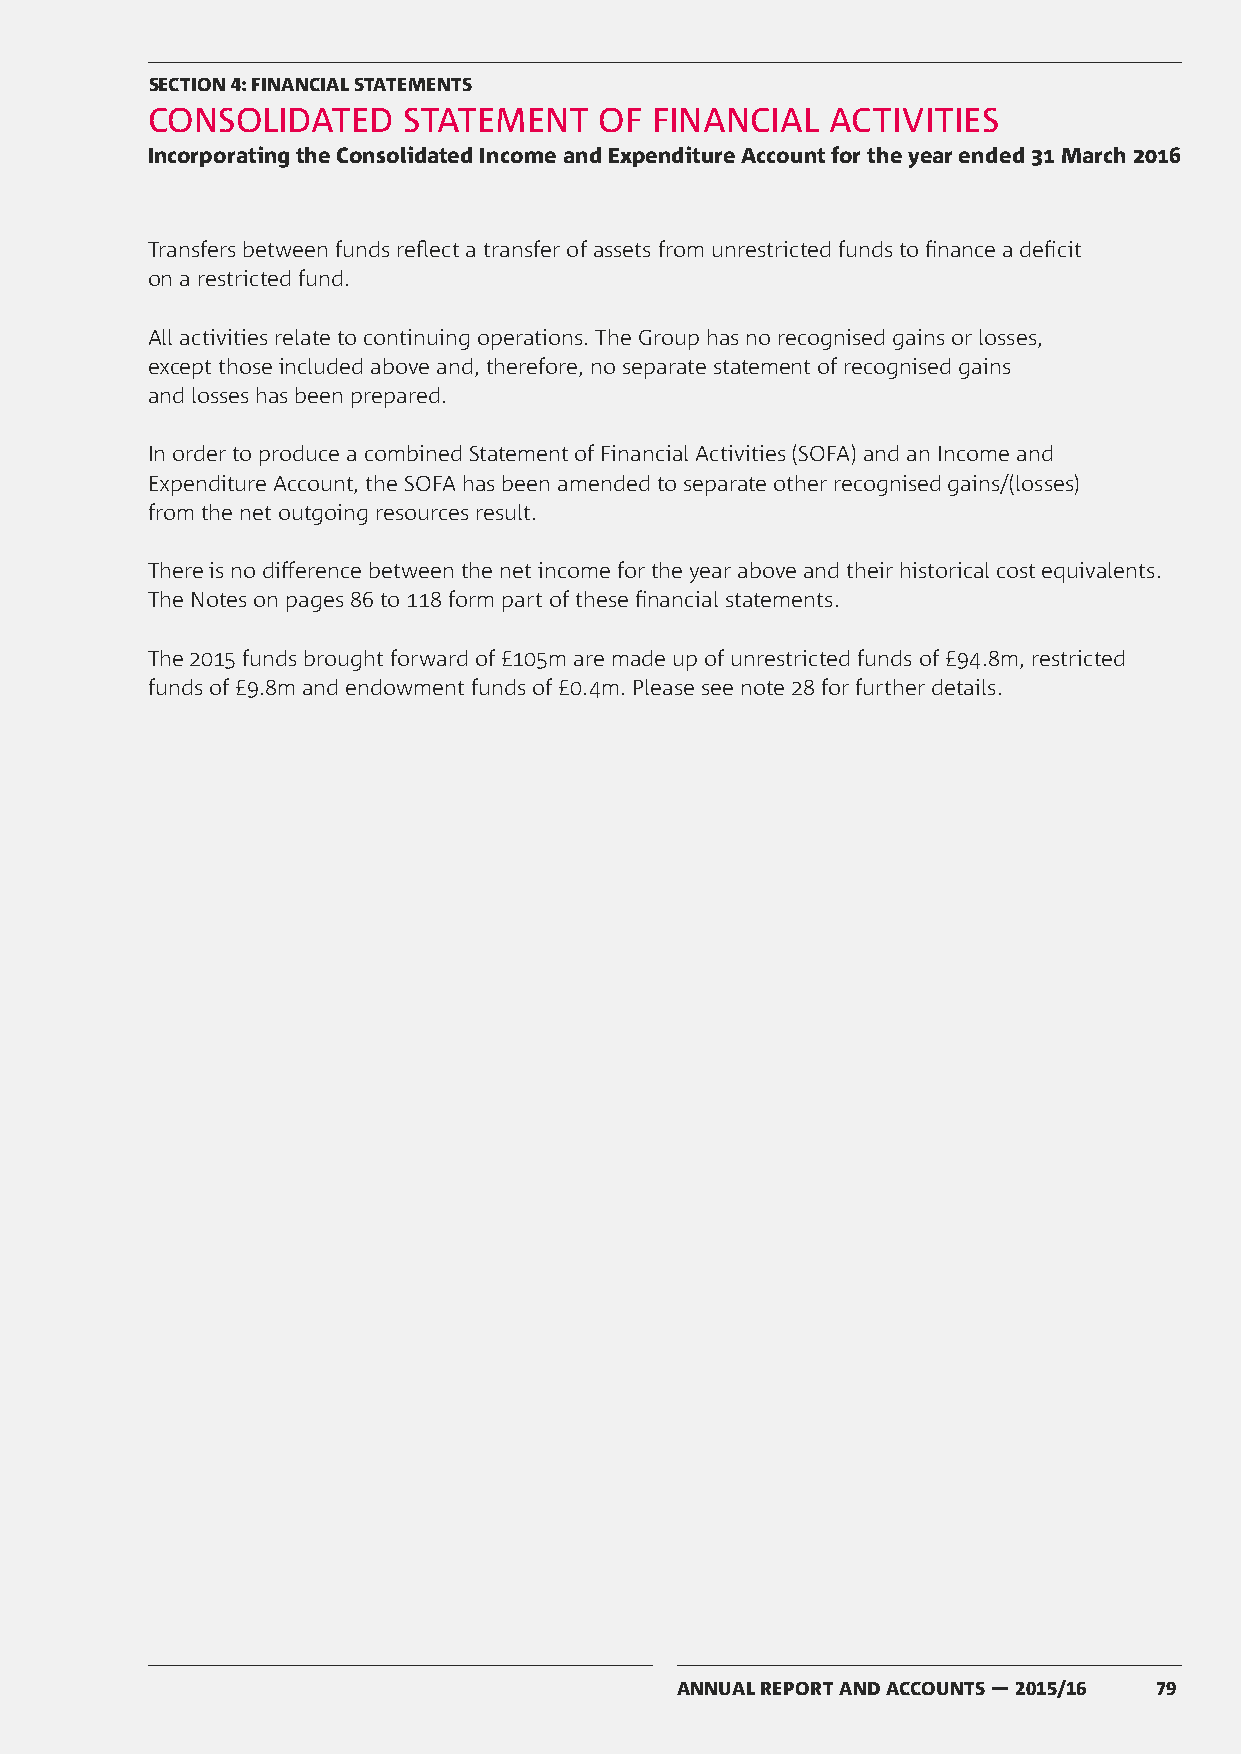
SECTION 4: FINANCIAL STATEMENTS
 CONSOLIDATED     STATEMENT    OF FINANCIAL   ACTIVITIES
 Incorporating the Consolidated Income and Expenditure Account for the year ended 31 March 2016
 Transfers between funds reflect a transfer of assets from unrestricted funds to finance a deficit
 on a restricted fund.
 All activities relate to continuing operations. The Group has no recognised gains or losses,
 except those included above and, therefore, no separate statement of recognised gains
 and losses has been prepared.
 In order to produce a combined Statement of Financial Activities (SOFA) and an Income and
 Expenditure Account, the SOFA has been amended to separate other recognised gains/(losses)
 from the net outgoing resources result.
 There is no difference between the net income for the year above and their historical cost equivalents.
 The Notes on pages 86 to 118 form part of these financial statements.
 The 2015 funds brought forward of £105m are made up of unrestricted funds of £94.8m, restricted
 funds of £9.8m and endowment funds of £0.4m. Please see note 28 for further details.
 ANNUAL REPORT AND ACCOUNTS — 2015/16 79